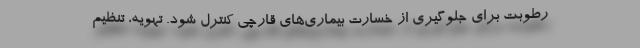
رطوبت برای جلوگیری از خسارت بیماری‌های قارچی کنترل شود. تهویه، تنظیم